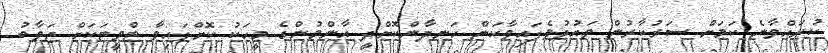
ކުރައްވާނެ ކަމަށް ސަރުކާރުން ވައުދުވެފައިވާކަން ހަނދާންކޮށްދީ އާންމުންގެ މީހަކު ކޮށްފައިވާ ޓްވީޓަކަށް ޖަވާބު